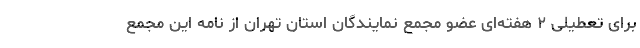
برای تعطیلی ۲ هفته‌ای عضو مجمع نمایندگان استان تهران از نامه این مجمع